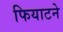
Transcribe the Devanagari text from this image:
फियाटने